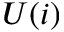
U ( i )